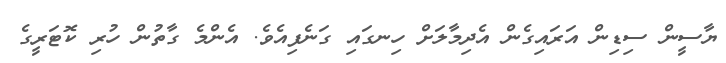
ޔާސީން ސިޑިން އަރައިގެން އެދިމާލަށް ހިނގައި ގަނެފިއެވެ. އެންމެ ގާތުން ހުރި ކޮޓަރީގެ